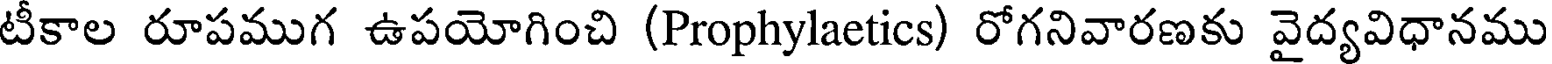
టీకాల రూపముగ ఉపయోగించి (Prophylaetics) రోగనివారణకు వైద్యవిధానము